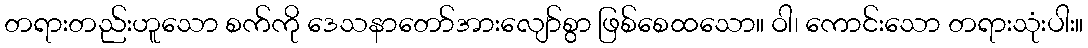
တရားတည်းဟူသော စက်ကို ဒေသနာတော်အားလျော်စွာ ဖြစ်စေထသော။ ဝါ၊ ကောင်းသော တရားသုံးပါး။